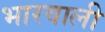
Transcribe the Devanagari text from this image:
भारवाली